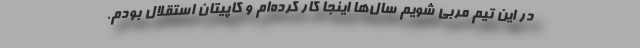
در این تیم مربی شویم سال‌ها اینجا کار کرده‌ام و کاپیتان استقلال بودم.